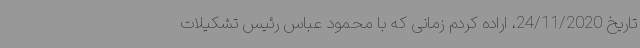
تاریخ 24/11/2020، اراده کردم زمانی که با محمود عباس رئیس تشکیلات